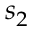
s _ { 2 }